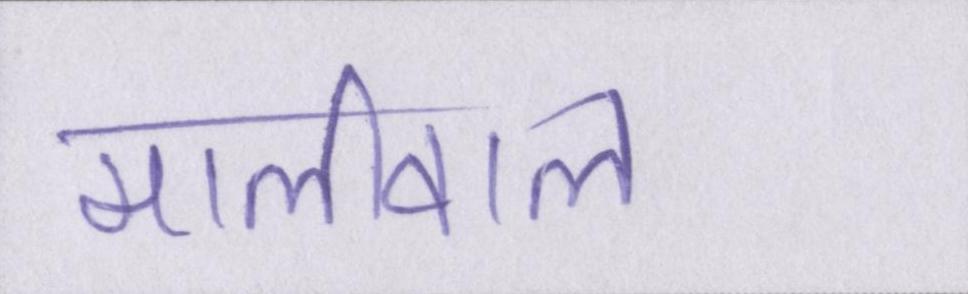
मालीवाल